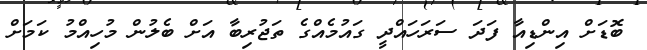
ބޮޑަށް އިންޑިއާ ފަދަ ސަރަހައްދީ ގައުމެއްގެ ތަޖުރިބާ އަށް ބެލުން މުހިއްމު ކަމަށް